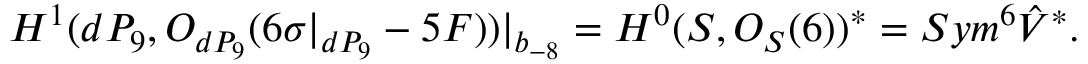
H ^ { 1 } ( d P _ { 9 } , { \cal O } _ { d P _ { 9 } } ( 6 \sigma | _ { d P _ { 9 } } - 5 F ) ) | _ { b _ { - 8 } } = H ^ { 0 } ( { \cal S } , { \cal O } _ { { \cal S } } ( 6 ) ) ^ { * } = S y m ^ { 6 } \hat { V } ^ { * } .